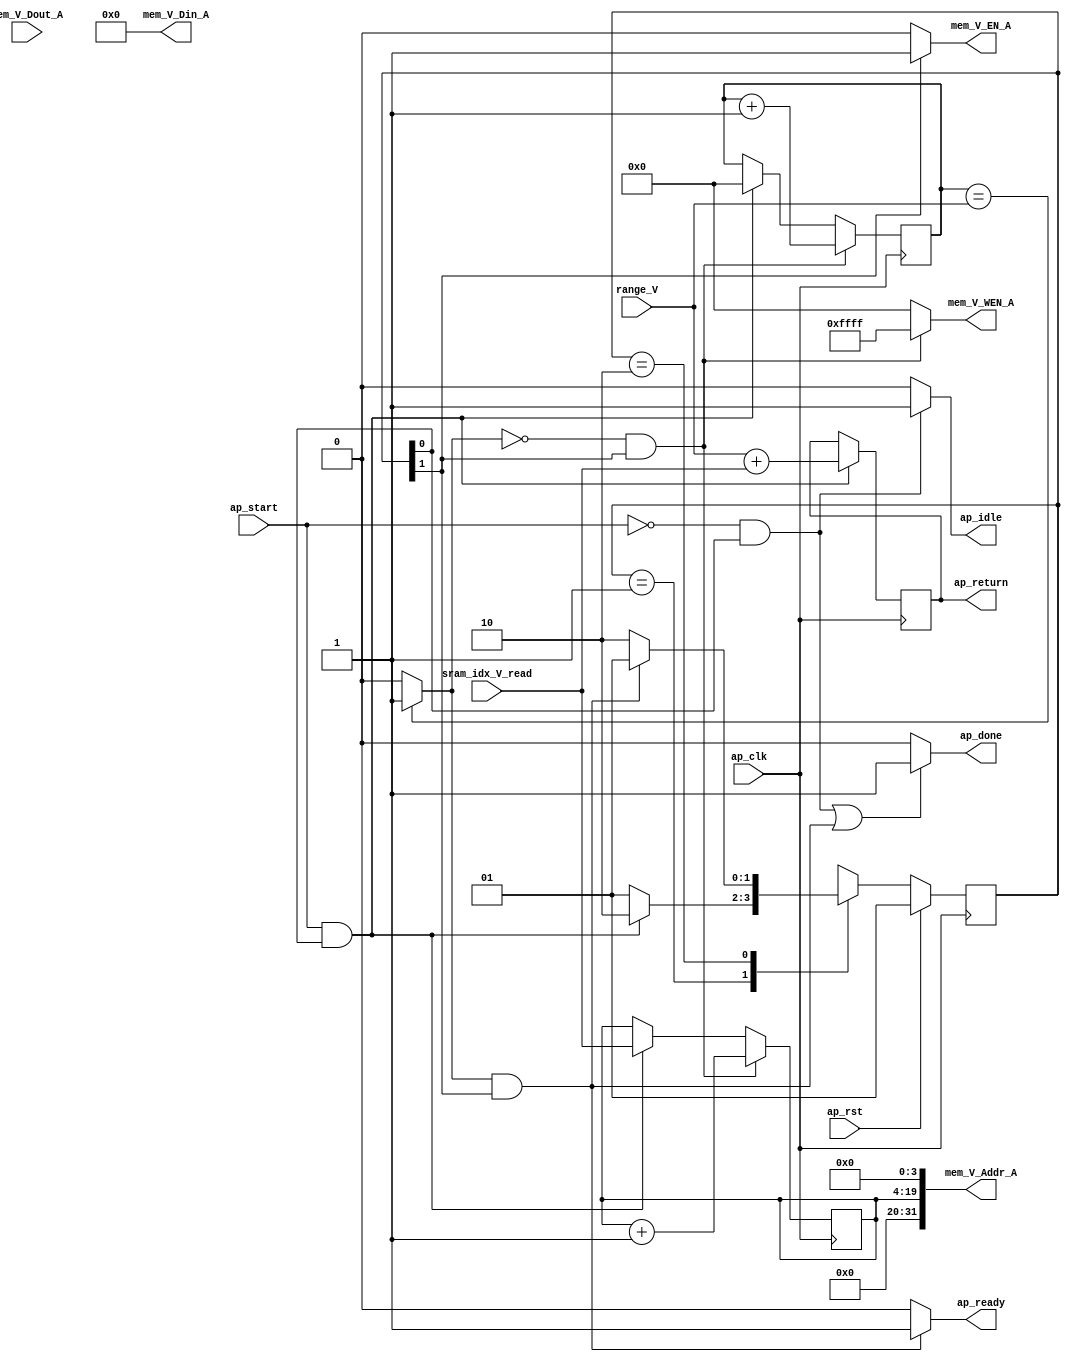
// ==============================================================
// RTL generated by Vivado(TM) HLS - High-Level Synthesis from C, C++ and OpenCL
// Version: 2020.1.1
// Copyright (C) 1986-2020 Xilinx, Inc. All Rights Reserved.
// 
// ===========================================================

`timescale 1 ns / 1 ps 

module reset_mem (
        ap_clk,
        ap_rst,
        ap_start,
        ap_done,
        ap_idle,
        ap_ready,
        sram_idx_V_read,
        range_V,
        mem_V_Addr_A,
        mem_V_EN_A,
        mem_V_WEN_A,
        mem_V_Din_A,
        mem_V_Dout_A,
        ap_return
);

parameter    ap_ST_fsm_state1 = 2'd1;
parameter    ap_ST_fsm_state2 = 2'd2;

input   ap_clk;
input   ap_rst;
input   ap_start;
output   ap_done;
output   ap_idle;
output   ap_ready;
input  [15:0] sram_idx_V_read;
input  [15:0] range_V;
output  [31:0] mem_V_Addr_A;
output   mem_V_EN_A;
output  [15:0] mem_V_WEN_A;
output  [127:0] mem_V_Din_A;
input  [127:0] mem_V_Dout_A;
output  [15:0] ap_return;

reg ap_done;
reg ap_idle;
reg ap_ready;
reg mem_V_EN_A;
reg[15:0] mem_V_WEN_A;

(* fsm_encoding = "none" *) reg   [1:0] ap_CS_fsm;
wire    ap_CS_fsm_state1;
wire   [15:0] add_ln37_fu_86_p2;
reg   [15:0] add_ln37_reg_124;
wire   [15:0] i_fu_97_p2;
wire    ap_CS_fsm_state2;
wire   [15:0] add_ln700_fu_108_p2;
wire   [0:0] icmp_ln37_fu_92_p2;
reg   [15:0] t_V_reg_66;
reg   [15:0] i_op_assign_reg_75;
wire   [63:0] zext_ln544_fu_103_p1;
wire   [31:0] mem_V_Addr_A_orig;
reg   [1:0] ap_NS_fsm;

// power-on initialization
initial begin
#0 ap_CS_fsm = 2'd1;
end

always @ (posedge ap_clk) begin
    if (ap_rst == 1'b1) begin
        ap_CS_fsm <= ap_ST_fsm_state1;
    end else begin
        ap_CS_fsm <= ap_NS_fsm;
    end
end

always @ (posedge ap_clk) begin
    if (((icmp_ln37_fu_92_p2 == 1'd0) & (1'b1 == ap_CS_fsm_state2))) begin
        i_op_assign_reg_75 <= i_fu_97_p2;
    end else if (((ap_start == 1'b1) & (1'b1 == ap_CS_fsm_state1))) begin
        i_op_assign_reg_75 <= 16'd0;
    end
end

always @ (posedge ap_clk) begin
    if (((icmp_ln37_fu_92_p2 == 1'd0) & (1'b1 == ap_CS_fsm_state2))) begin
        t_V_reg_66 <= add_ln700_fu_108_p2;
    end else if (((ap_start == 1'b1) & (1'b1 == ap_CS_fsm_state1))) begin
        t_V_reg_66 <= sram_idx_V_read;
    end
end

always @ (posedge ap_clk) begin
    if (((ap_start == 1'b1) & (1'b1 == ap_CS_fsm_state1))) begin
        add_ln37_reg_124 <= add_ln37_fu_86_p2;
    end
end

always @ (*) begin
    if ((((ap_start == 1'b0) & (1'b1 == ap_CS_fsm_state1)) | ((icmp_ln37_fu_92_p2 == 1'd1) & (1'b1 == ap_CS_fsm_state2)))) begin
        ap_done = 1'b1;
    end else begin
        ap_done = 1'b0;
    end
end

always @ (*) begin
    if (((ap_start == 1'b0) & (1'b1 == ap_CS_fsm_state1))) begin
        ap_idle = 1'b1;
    end else begin
        ap_idle = 1'b0;
    end
end

always @ (*) begin
    if (((icmp_ln37_fu_92_p2 == 1'd1) & (1'b1 == ap_CS_fsm_state2))) begin
        ap_ready = 1'b1;
    end else begin
        ap_ready = 1'b0;
    end
end

always @ (*) begin
    if ((1'b1 == ap_CS_fsm_state2)) begin
        mem_V_EN_A = 1'b1;
    end else begin
        mem_V_EN_A = 1'b0;
    end
end

always @ (*) begin
    if (((icmp_ln37_fu_92_p2 == 1'd0) & (1'b1 == ap_CS_fsm_state2))) begin
        mem_V_WEN_A = 16'd65535;
    end else begin
        mem_V_WEN_A = 16'd0;
    end
end

always @ (*) begin
    case (ap_CS_fsm)
        ap_ST_fsm_state1 : begin
            if (((ap_start == 1'b1) & (1'b1 == ap_CS_fsm_state1))) begin
                ap_NS_fsm = ap_ST_fsm_state2;
            end else begin
                ap_NS_fsm = ap_ST_fsm_state1;
            end
        end
        ap_ST_fsm_state2 : begin
            if (((icmp_ln37_fu_92_p2 == 1'd1) & (1'b1 == ap_CS_fsm_state2))) begin
                ap_NS_fsm = ap_ST_fsm_state1;
            end else begin
                ap_NS_fsm = ap_ST_fsm_state2;
            end
        end
        default : begin
            ap_NS_fsm = 'bx;
        end
    endcase
end

assign add_ln37_fu_86_p2 = (range_V + sram_idx_V_read);

assign add_ln700_fu_108_p2 = (t_V_reg_66 + 16'd1);

assign ap_CS_fsm_state1 = ap_CS_fsm[32'd0];

assign ap_CS_fsm_state2 = ap_CS_fsm[32'd1];

assign ap_return = add_ln37_reg_124;

assign i_fu_97_p2 = (i_op_assign_reg_75 + 16'd1);

assign icmp_ln37_fu_92_p2 = ((i_op_assign_reg_75 == range_V) ? 1'b1 : 1'b0);

assign mem_V_Addr_A = mem_V_Addr_A_orig << 32'd4;

assign mem_V_Addr_A_orig = zext_ln544_fu_103_p1;

assign mem_V_Din_A = 128'd0;

assign zext_ln544_fu_103_p1 = t_V_reg_66;

endmodule //reset_mem